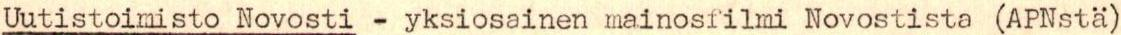
Uutistoimisto Novosti - yksiosainen mainosfilmi Novostista (APNstä)